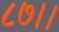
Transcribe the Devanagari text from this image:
८७।।